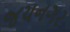
જયનગર